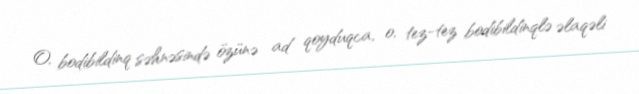
O, bodibildinq səhnəsində özünə ad qoyduqca, o, tez-tez bodibildinqlə əlaqəli